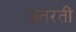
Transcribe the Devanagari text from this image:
उतरतीं